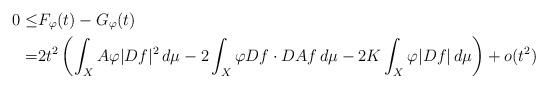
LaTeX: \begin{align*}0\leq &F_\varphi(t)-G_\varphi(t) \\=&2t^2\left(\int_X A\varphi |Df|^2 \,d\mu -2\int_X \varphi Df\cdot DAf \,d\mu -2K \int_X \varphi |Df|\,d\mu \right)+o(t^2)\end{align*}